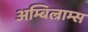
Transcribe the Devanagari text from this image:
अम्बिल्राम्स